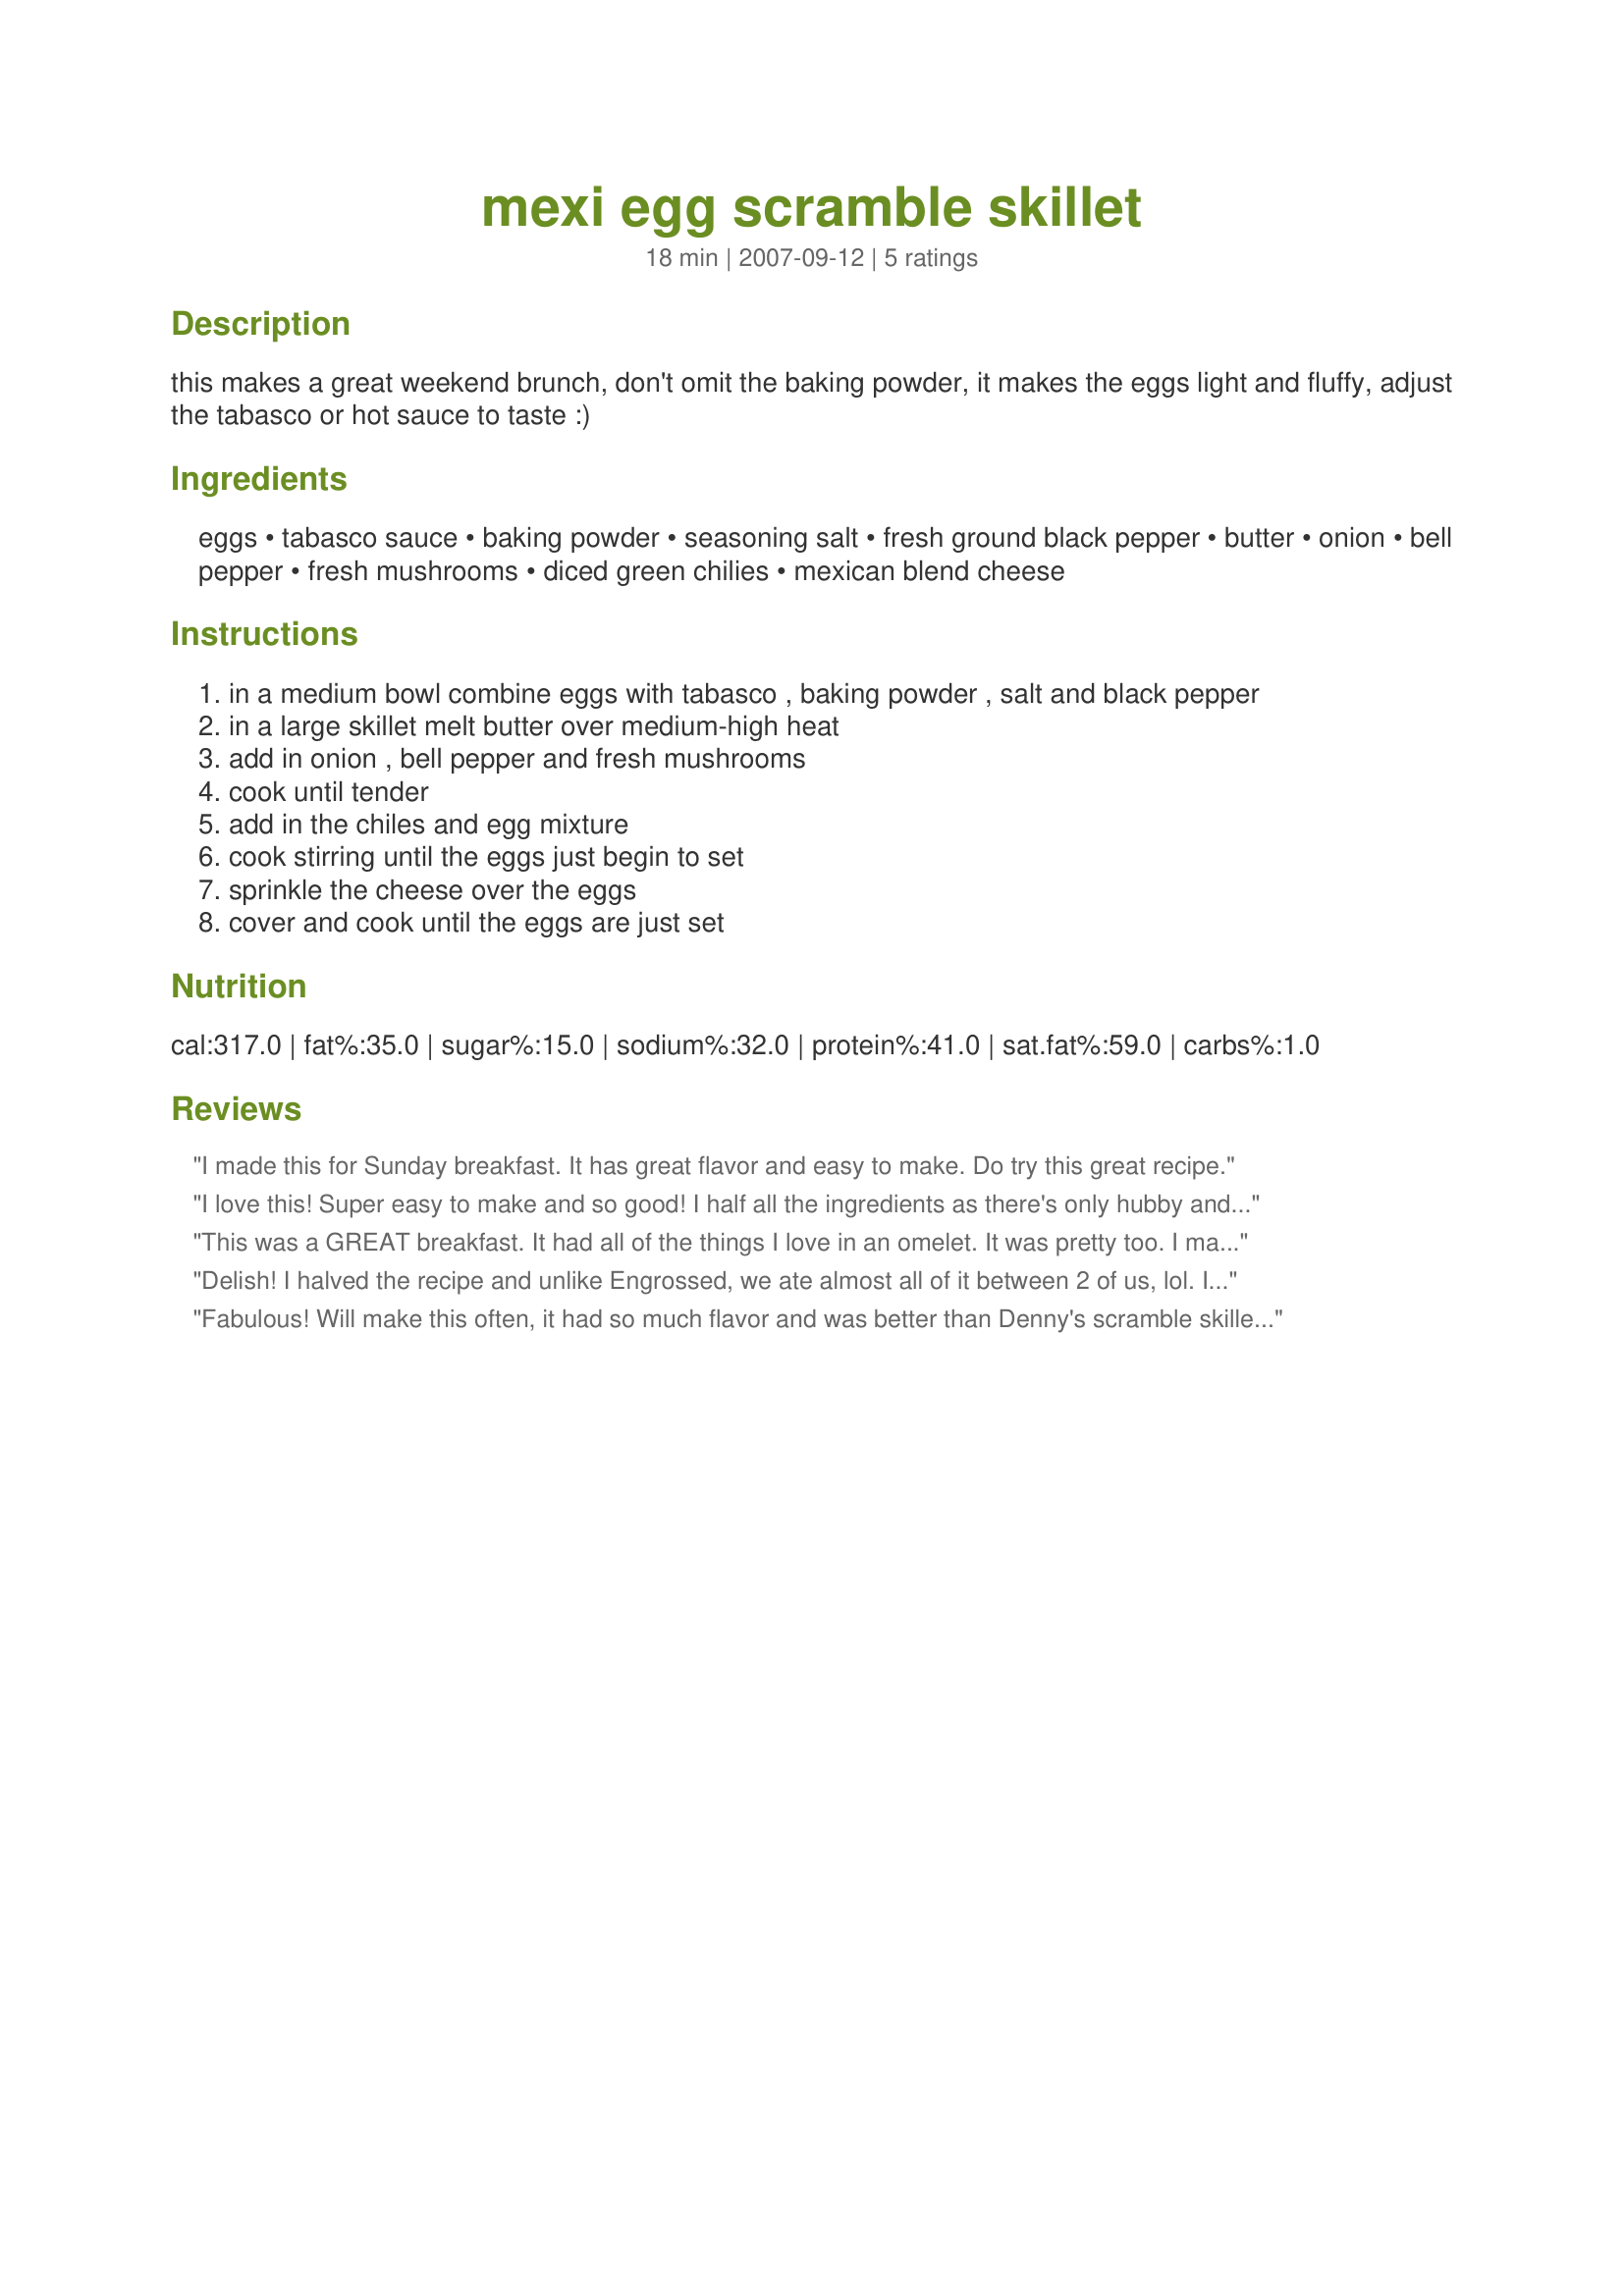
mexi egg scramble skillet
Preparation time: 18 minutes

this makes a great weekend brunch, don't omit the baking powder, it makes the eggs light and fluffy, adjust the tabasco or hot sauce to taste :)

Ingredients:
eggs, tabasco sauce, baking powder, seasoning salt, fresh ground black pepper, butter, onion, bell pepper, fresh mushrooms, diced green chilies, mexican blend cheese

Steps:
in a medium bowl combine eggs with tabasco , baking powder , salt and black pepper
in a large skillet melt butter over medium-high heat
add in onion , bell pepper and fresh mushrooms
cook until tender
add in the chiles and egg mixture
cook stirring until the eggs just begin to set
sprinkle the cheese over the eggs
cover and cook until the eggs are just set

Reviews:
I made this for Sunday breakfast. It has great flavor and easy to make. Do try this great recipe.
I love this! Super easy to make and so good! I half all the ingredients as there's only hubby and me and it still makes a lot. Will be making this again and again. Thank you, Kitten!
This was a GREAT breakfast. It had all of the things I love in an omelet. It was pretty too. I made 3 servings and I'd say it was more like 6 servings. Made for Zaar Tag.
Delish! I halved the recipe and unlike Engrossed, we ate almost all of it between 2 of us, lol. I guess we must be bigger eaters. This was good and had lots of good ingredients. Thanks Kitten for another keeper.
Fabulous! Will make this often, it had so much flavor and was better than Denny's scramble skillets!

mine didn't look nice bc i used portobellos and they along with the green from the chilis turned my yellow eggs a greeny brown so next time wil be white mushrooms. The flavor was wild though.
